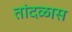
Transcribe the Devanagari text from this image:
तांदळास